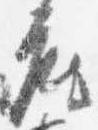
座